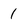
Character: 1